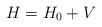
LaTeX: \begin{align*} H=H_0+V\end{align*}